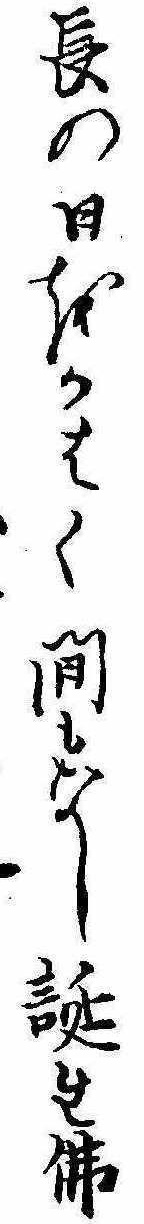
長の日をかはく間もなし誕生仏